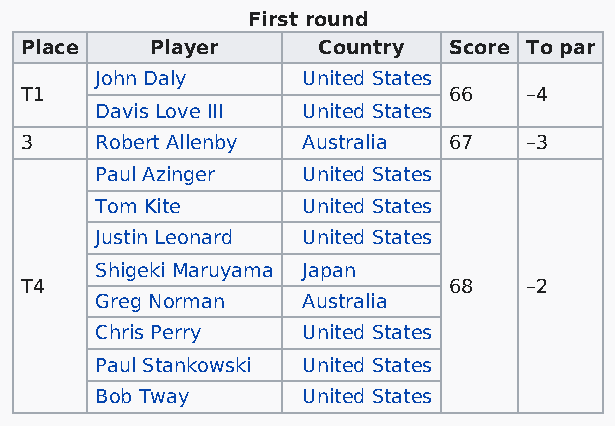
First round
 Place    Player     Country  Score To par
 John Daly     United States
 T1                           66   –4
 Davis Love III United States
 3    Robert Allenby Australia 67  –3
 Paul Azinger  United States
 Tom Kite      United States
 Justin Leonard United States
 Shigeki Maruyama Japan
 T4                           68   –2
 Greg Norman   Australia
 Chris Perry   United States
 Paul Stankowski United States
 Bob Tway      United States